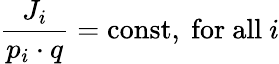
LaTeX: \frac{J_{i}}{p_{i}\cdot q}=\mathrm{const,~for~all}~i